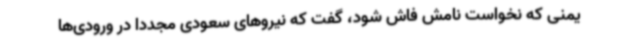
یمنی که نخواست نامش فاش شود، گفت که نیروهای سعودی مجدداً در ورودی‌ها